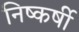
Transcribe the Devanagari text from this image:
निष्कर्षी